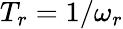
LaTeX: T_{r}=1/\omega_{r}